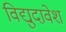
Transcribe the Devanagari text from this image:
विद्युदावेश